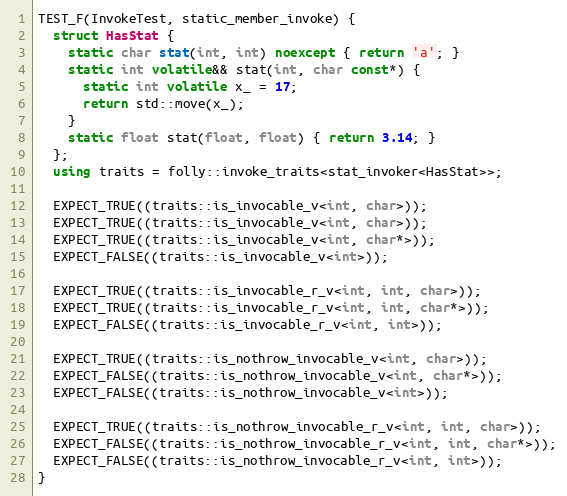
Language: C++
TEST_F(InvokeTest, static_member_invoke) {
  struct HasStat {
    static char stat(int, int) noexcept { return 'a'; }
    static int volatile&& stat(int, char const*) {
      static int volatile x_ = 17;
      return std::move(x_);
    }
    static float stat(float, float) { return 3.14; }
  };
  using traits = folly::invoke_traits<stat_invoker<HasStat>>;

  EXPECT_TRUE((traits::is_invocable_v<int, char>));
  EXPECT_TRUE((traits::is_invocable_v<int, char>));
  EXPECT_TRUE((traits::is_invocable_v<int, char*>));
  EXPECT_FALSE((traits::is_invocable_v<int>));

  EXPECT_TRUE((traits::is_invocable_r_v<int, int, char>));
  EXPECT_TRUE((traits::is_invocable_r_v<int, int, char*>));
  EXPECT_FALSE((traits::is_invocable_r_v<int, int>));

  EXPECT_TRUE((traits::is_nothrow_invocable_v<int, char>));
  EXPECT_FALSE((traits::is_nothrow_invocable_v<int, char*>));
  EXPECT_FALSE((traits::is_nothrow_invocable_v<int>));

  EXPECT_TRUE((traits::is_nothrow_invocable_r_v<int, int, char>));
  EXPECT_FALSE((traits::is_nothrow_invocable_r_v<int, int, char*>));
  EXPECT_FALSE((traits::is_nothrow_invocable_r_v<int, int>));
}